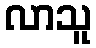
လာသူ